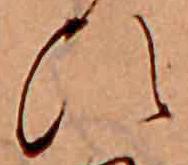
ひ